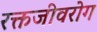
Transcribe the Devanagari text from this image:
रक्तजीवरोग